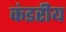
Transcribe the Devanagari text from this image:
कंडरीय